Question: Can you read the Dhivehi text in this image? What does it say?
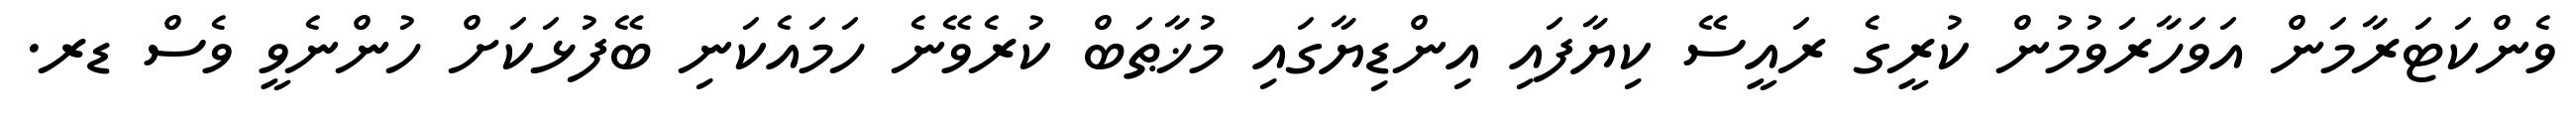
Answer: ވެންކަޓަރާމަން އަވަހާރަވުމުން ކުރީގެ ރައީސޭ ކިޔާފައި އިންޑިޔާގައި މުޚާޠަބް ކުރެވޭނެ ހަމައެކަނި ބޭފުޅަކަށް ހުންނެވީ ވެސް ޑރ.